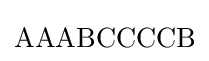
\mathrm {AAABCCCCB}